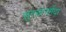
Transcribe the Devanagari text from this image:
सुरसानर्मदा